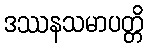
ဒဿနသမာပတ္တိ